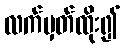
လက်မှတ်ထိုး၍